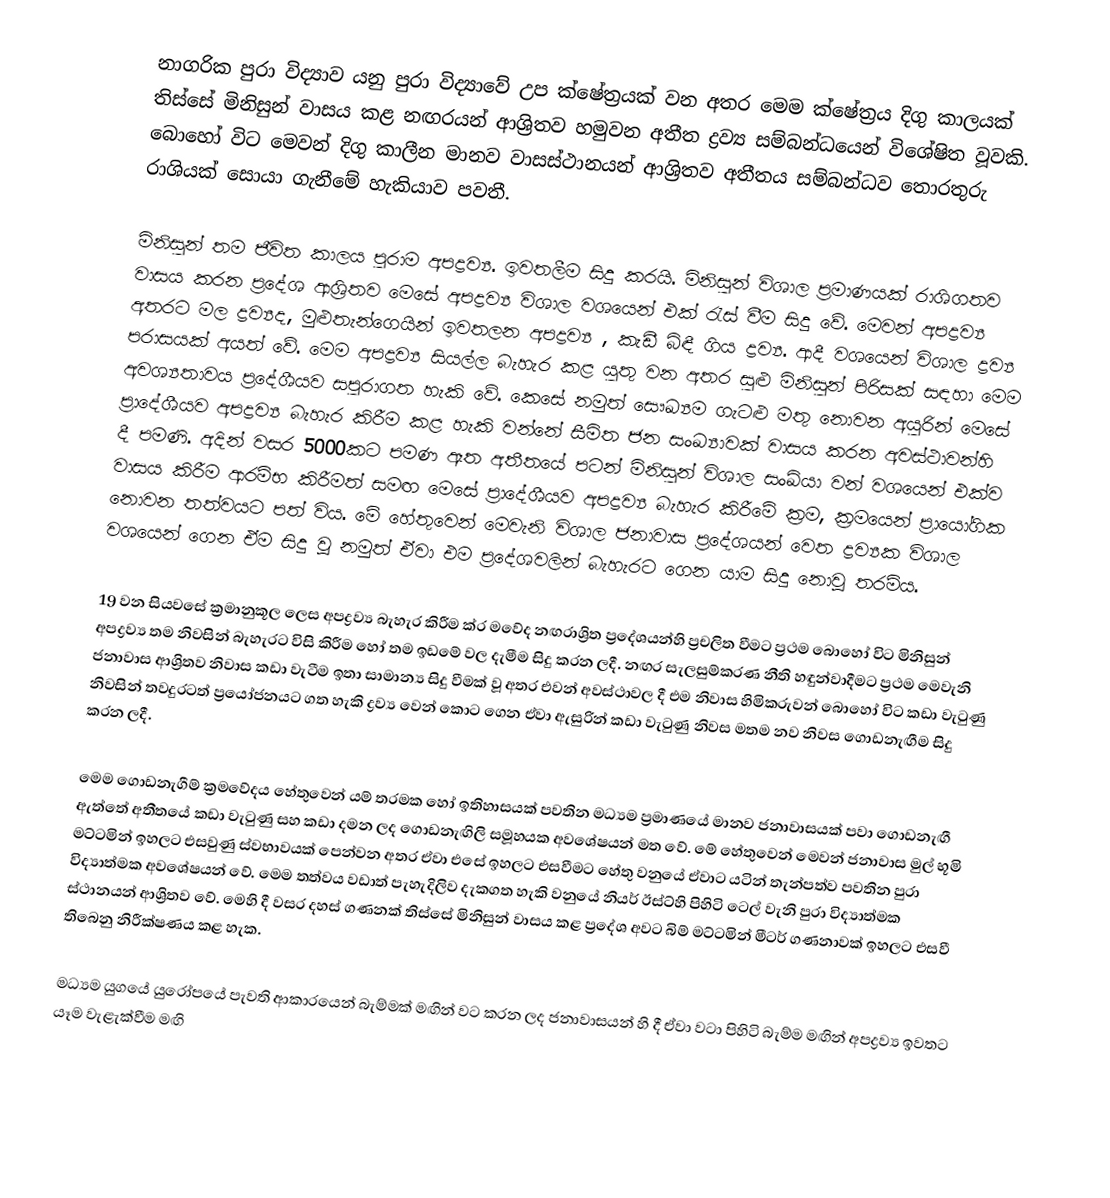
නාගරික පුරා විද්‍යාව යනු පුරා විද්‍යාවේ උප ක්ෂේත්‍රයක් වන අතර මෙම ක්ෂේත්‍රය දිගු කාලයක් තිස්සේ මිනිසුන් වාසය කළ නඟරයන් ආශ්‍රිතව හමුවන අතීත ද්‍රව්‍ය සම්බන්ධයෙන් විශේෂිත වූවකි. බොහෝ විට මෙවන් දිගු කාලීන මානව වාසස්ථානයන් ආශ්‍රිතව අතීතය සම්බන්ධව තොරතුරු රාශියක් සොයා ගැනීමේ හැකියාව පවතී.

මිනිසුන් තම ජීවිත කාලය පුරාම අපද්‍රව්‍ය. ඉවතලීම සිදු කරයි. මිනිසුන් විශාල ප්‍රමාණයක් රාශිගතව වාසය කරන ප්‍රදේශ ආශ්‍රිතව මෙසේ අපද්‍රව්‍ය විශාල වශයෙන් එක් රැස් වීම සිදු වේ. මෙවන් අපද්‍රව්‍ය අතරට මල ද්‍රව්‍යද, මුළුතැන්ගෙයින් ඉවතලන අපද්‍රව්‍ය , කැඩී බිඳී ගිය ද්‍රව්‍ය. ආදී වශයෙන් විශාල ද්‍රව්‍ය පරාසයක් අයත් වේ. මෙම අපද්‍රව්‍ය සියල්ල බැහැර කළ යුතු වන අතර සුළු මිනිසුන් පිරිසක් සඳහා මෙම අවශ්‍යතාවය ප්‍රදේශීයව සපුරාගත හැකි ‍‍වේ. කෙසේ නමුත් සෞඛ්‍යම ගැටළු මතු නොවන අයුරින් මෙසේ ප්‍රාදේශීයව අපද්‍රව්‍ය බැහැර කිරීම කළ හැකි වන්නේ සීමිත ජන සංඛ්‍යාවක් වාසය කරන අවස්ථාවන්හි දී පමණි. අදින් වසර 5000කට පමණ ඈත අතීතයේ පටන් මිනිසුන් විශාල සංඛ්යා වන් වශයෙන් එක්ව වාසය කිරීම ආරම්භ කිරීමත් සමඟ මෙසේ ප්‍රාදේශීයව අපද්‍රව්‍ය බැහැර කිරීමේ ක්‍රම, ක්‍රමයෙන් ප්‍රායෝගික ‍නොවන තත්වයට පත් විය. මේ හේතුවෙන් මෙවැනි විශාල ජනාවාස ප්‍රදේශයන් වෙත ද්‍රව්‍යක විශාල වශයෙන් ගෙන ඒම සිදු වූ නමුත් ඒවා එම ප්‍රදේශවලින් බැහැරට ගෙන යාම සිදු නොවූ තරම්ය.

19 වන සියවසේ ක්‍රමානුකූල ලෙස අපද්‍රව්‍ය  බැහැර කිරීම ක්ර මවේද නඟරාශ්‍රිත ප්‍රදේශයන්හි ප්‍රචලිත වීමට ප්‍රථම බොහෝ විට මිනිසුන් අපද්‍රව්‍ය තම නිවසින් බැහැරට විසි කිරීම හෝ තම ඉඩමේ වල දැමීම සිදු කරන ලදී. නඟර ‍සැලසුම්කරණ නීති හඳුන්වාදීමට ප්‍රථම මෙවැනි ජනාවාස ආශ්‍රිතව නිවාස කඩා වැටීම ඉතා සාමාන්‍ය සිදු වීමක් වූ අතර එවන් අවස්ථාවල දී එම නිවාස හිමිකරුවන් බොහෝ විට කඩා වැටුණු නිවසින් තවදුරටත් ‍ප්‍රයෝජනයට ගත හැකි ද්‍රව්‍ය වෙන් කොට ගෙන ඒවා ඇසුරින් කඩා වැටුණු නිවස මතම නව නිවස ගොඩනැඟීම සිදු කරන ලදී.

මෙම ගොඩනැගීම් ක්‍රමවේදය හේතුවෙන් යම් තරමක හෝ ‍ඉතිහාසයක් පවතින මධ්‍යම ප්‍රමාණයේ මානව ජනාවාසයක් පවා ගොඩනැඟී ඇත්තේ අතීතයේ කඩා වැටුණු සහ කඩා දමන ලද ගොඩනැඟිලි සමූහයක අවශේෂයන් මත වේ. මේ හේතුවෙන් මෙවන් ජනාවාස මුල් භූමි මට්ටමින් ඉහලට එසවුණු ‍ස්වභාවයක් පෙන්වන අතර ඒවා ‍එසේ ඉහලට එසවීමට හේතු වනුයේ ඒවාට යටින් තැන්පත්ව පවතින පුරා විද්‍යාත්මක අවශේෂයන් වේ. මෙම තත්වය වඩාත් පැහැදිලිව දැකගත හැකි වනුයේ නියර් ඊස්ට්හි පිහිටි ටෙල් වැනි පුරා විද්‍යාත්මක ස්ථානයන් ආශ්‍රිතව වේ. මෙහි දී වසර දහස් ගණනක් තිස්සේ මිනිසුන් වාසය කළ ප්‍රදේශ අවට බිම් මට්ටමින් මීටර් ගණනාවක් ඉහලට එස‍වී තිබෙනු නිරීක්ෂණය කළ හැක.

මධ්‍යම යු‍ගයේ යුරෝපයේ පැවති ආකාරයෙන් බැම්මක් මඟින් වට කරන ලද ජනාවාසයන් හි දී ඒවා වටා පිහිටි බැම්ම මඟින් අපද්‍රව්‍ය ඉවතට යෑම වැළැක්වීම මඟි